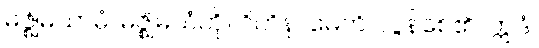
မဇ္ဈိမယာမံ၊ မဇ္ဈိမယံကို။ ဝိတိနာမေတိ၊ လွန်စေ၏။ ဣဒံ၊